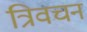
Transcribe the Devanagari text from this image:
त्रिवचन